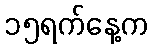
၁၅ရက်နေ့က